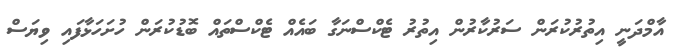
އާމްދަނީ އިތުރުކުރަން ސަރުކާރުން އިތުރު ޓެކްސްނަގާ ބައެއް ޓެކްސްތައް ބޮޑުކުރަން ހުށަހަޅާފައި ވިޔަސް